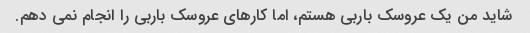
شاید من یک عروسک باربی هستم، اما کارهای عروسک باربی را انجام نمی دهم.